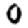
Digit: 0